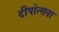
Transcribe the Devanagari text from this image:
दीपोत्सवा